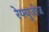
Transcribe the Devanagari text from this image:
रेफ्युजीज